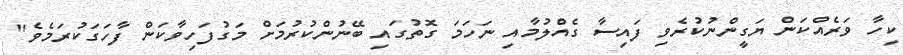
ކިހާ ވަރެއްކަން ޔަގީންނުކުރެވި ފައިސާ ގެއްލުމާއި ނަހަމަ ގޮތުގައި ބޭނުންކުރުމަށް މަގުފަހިވާކަން ފާހަގަކުރަމެވެ"